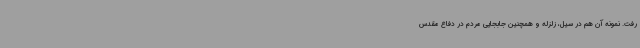
رفت. نمونه آن هم در سیل، زلزله و همچنین جابجایی مردم در دفاع مقدس